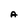
Character: A